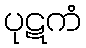
ပုဋကံ